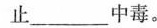
止___中毒。